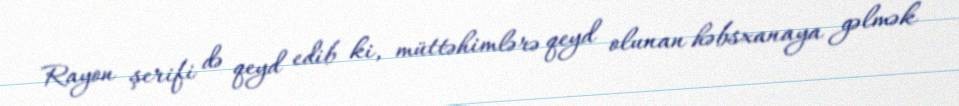
Rayon şerifi də qeyd edib ki, müttəhimlərə qeyd olunan həbsxanaya gəlmək